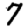
Digit: 7